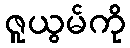
ဇူယွမ်ကို